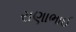
રાણાભાઈ